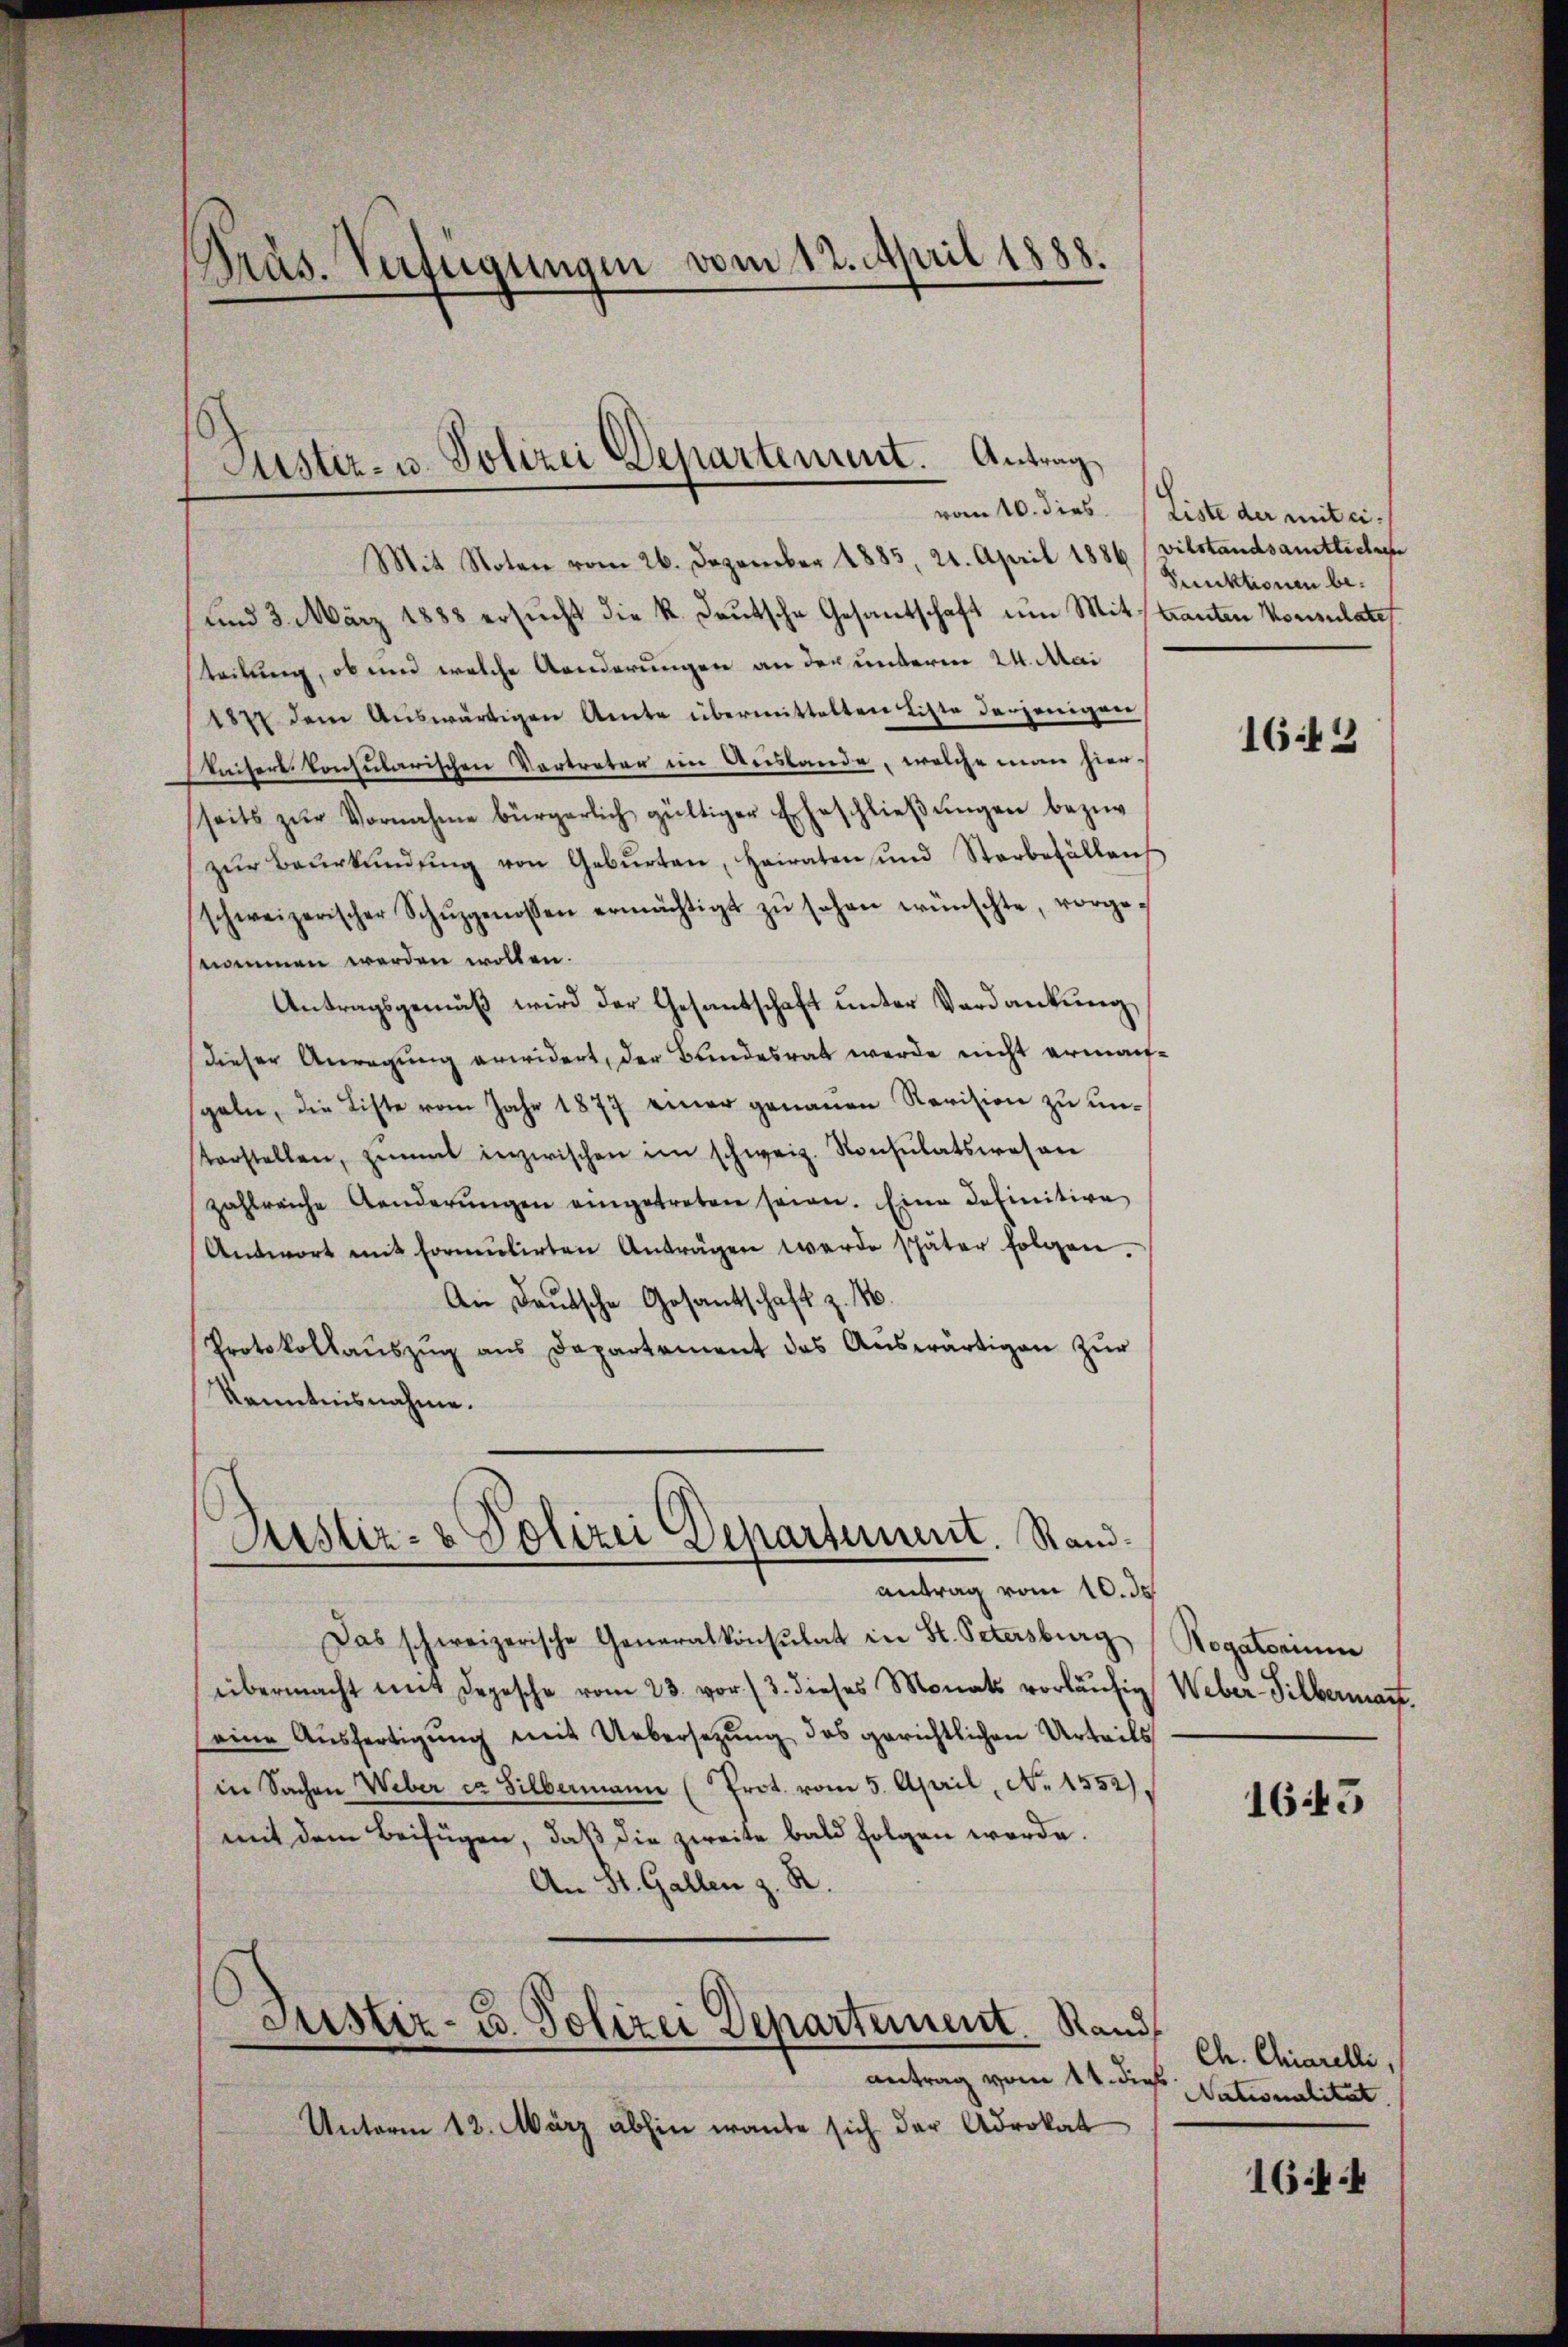
Präs. Verfügungen vom 12. April 1888.

Justiz- u. Polizei Departement. Antrag

Mit Noten vom 26. Dezember 1885, 21. April 1886
und 3. März 1888 ersucht die K. Deutsche Gesandschaft um Mittanten Konsulates
teilung, ob und welche Aenderungen an der unterm 24. Mai
1877 dem Auswärtigen Amte übermittelten Litte derjenigen
Keisers Consularischen Vertreter im Auslande, welche man hierseits zur Vornahme bürgerlich gültiger Eheschließungen bezirzŭr Baŭrkŭndŭng von Gebŭrten, Heiraten und Sterbefällens
schweizerischer Schŭzgenossen ermächtigt zŭ sehen wünschte, vorge-
nommen werden wollen.
Antragsgemäß wird der Gesantschaft unter Verdankung
dieser Anregung erwidert, der Bundesrat werde nicht ermachspeln, die Liste vom Jahr 1877 einer genauen Revision zu untarstellen, zumal inzwischen im schweiz. Konsulatswesen
zahlreiche Aenderŭngen eingetreten seien. Eine detinitive
Antwort mit Formŭlirten Anträgen werde später folgen.
An Deutsche Gesantschaft z. B.
Protokollaŭszŭg ans Departement das Aŭswärtigen zŭr
Kenntnisnahme.
Justiz- & Polizei Departement. Rand¬

Antrag vom 10. ds

vom 10. dies. Liste der mit ei-
vilstandsamtliche
Punktionen be¬

Das schweizerische Generalkonsulat in St. Petersburg Rogatorium
übermacht mit Depesche vom 23. vor. (3. dieses Monats vorläŭfig Weber-Silbermant.
seine Aŭsfertigŭng mit Uebersetzŭng des gerichtlichen Urteils
in Sachen Weber ca Silbermann (Prot. vom 5. April, No 1552).
mit dem Beifügen, daß die zweite bald folgen werde.
An St. Gallen z. R.
C
Justiz- u. Polizei Departement. Rand
antrag vom 11. die Nationalität
Unterm 12. März abhin ante sich der Advokat

1643

165

Ch. Chiarelli,
1644